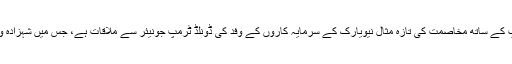
امریکی صدر ٹرمپ کے ساتھ مخاصمت کی تازہ مثال نیویارک کے سرمایہ کاروں کے وفد کی ڈونلڈ ٹرمپ جونیئر سے ملاقات ہے، جس میں شہزادہ ولید بھی شامل تھے۔